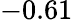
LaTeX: -0.61